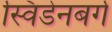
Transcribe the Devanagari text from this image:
स्विडेनबर्ग